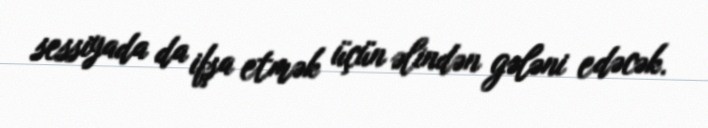
sessiyada da ifşa etmək üçün əlindən gələni edəcək.